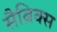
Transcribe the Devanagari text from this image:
सैब्रिक्स